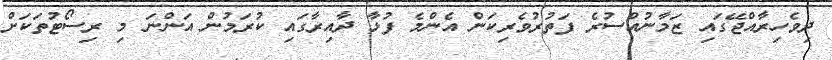
ދިވެހިރާއްޖޭގައި ޒަމާނުއްސުރެ ފަތުރުވެރިކަން އެންމެ ފުޅާ ދާއިރާގައި ކުރަމުން އަންނަ މި ރިސޯޓުތަކަށް